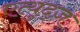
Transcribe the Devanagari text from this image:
एत्युद्ज़